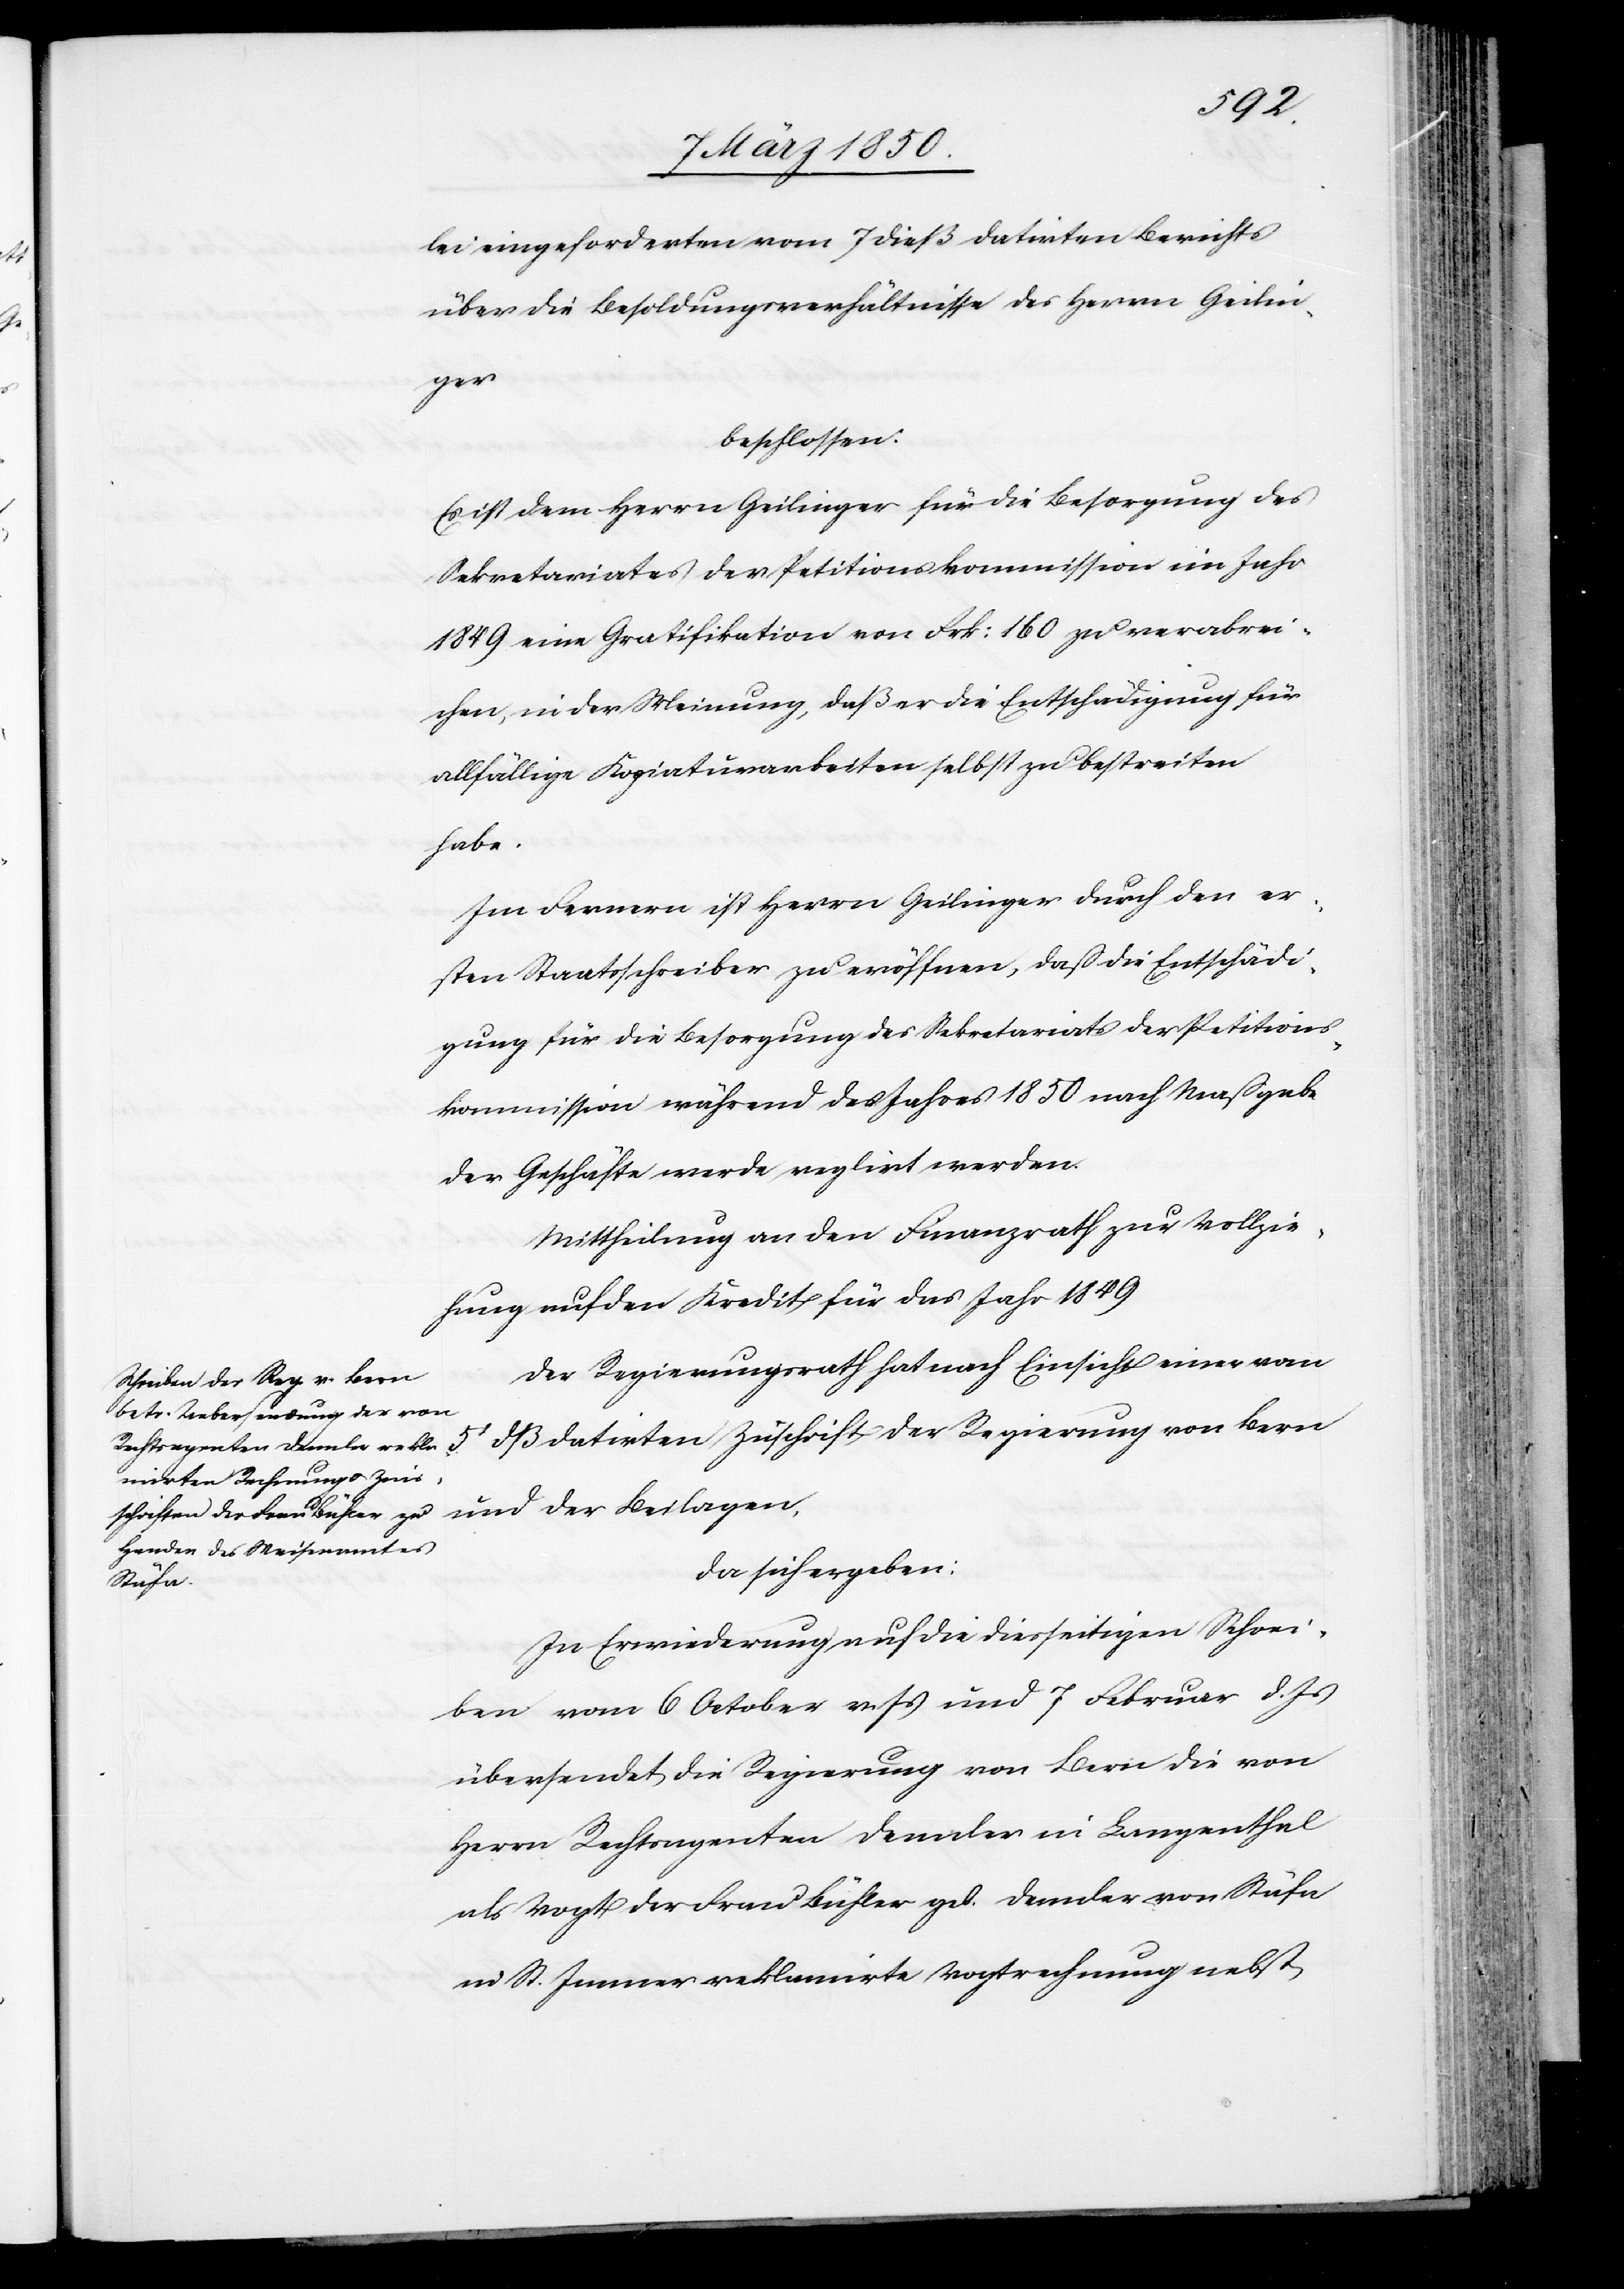
5t
lei eingeforderten vom 7 dieß datirten Berichts
über die Besoldungsverhältnisse des Herrn Geilin¬
der
beschlossen:
Es ist dem Herrn Geilinger für die Besorgung des
Sekretariates der Petitionskommission im Jahr
1849 eine Gratifikation von Frk: 160 zu verabrei¬
chen, in der Meinung, daß er die Entschädigung für
allfällige Kopiaturarbeiten selbst zu bestreiten
habe.
Im Fernern ist Herrn Geilinger durch den er¬
sten Staatsschreiber zu eröffnen, daß die Entschädi¬
gung für die Besorgung des Sekretariats der Petitions¬
kommission während des Jahres 1850 nach Maaßgabe
der Geschäfte werde reglirt werden.
Mittheilung an den Finanzrath zur Vollzie¬
hung auf den Kredit für das Jahr 1849
Der Regierungsrath hat nach Einsicht einer vom
da sich ergeben:
Zuschrift
In Erwiederung auf die diesseitigen Schrei¬
ben vom 6 October v. Js und 7 Februar d. Js
übersendet die Regierung von Bern die von
Herrn Rechtsagenten Dennler in Langenthal
als Vogt der Frau Bühler geb. Dennler von Stäfa
in St. Immer reklamirte Vogtrechnung nebst